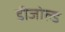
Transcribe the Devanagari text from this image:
डीजोल्ड